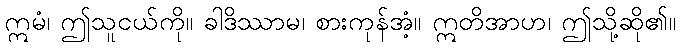
ဣမံ၊ ဤသူငယ်ကို။ ခါဒိဿာမ၊ စားကုန်အံ့။ ဣတိအာဟ၊ ဤသို့ဆို၏။